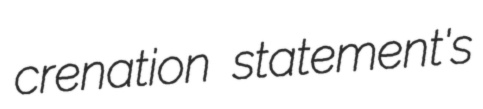
crenation statement's